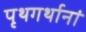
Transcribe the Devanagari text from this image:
पृथगर्थानां